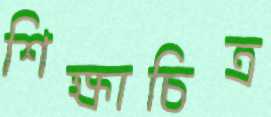
শিক্ষাচিত্র